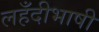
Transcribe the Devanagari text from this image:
लहँदीभाषी